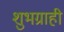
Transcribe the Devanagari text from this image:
शुभग्राही